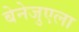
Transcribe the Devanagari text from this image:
बेनेजुएला